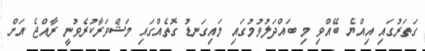
ގަތަރުގައި އިއްޔެ ބޭއްވި މި ބައްދަލުވުމުގައި މައިގަނޑު ގޮތެއްގައި މަޝްވަރާކުރެވުނީ ރާއްޖެ އަށް